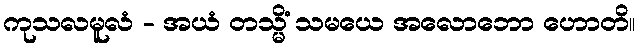
ကုသလမူလံ - အယံ တသ္မိံ သမယေ အလောဘော ဟောတိ။